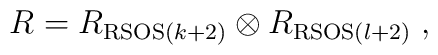
R=R_{{\rm RSOS}(k+2)}\otimes R_{{\rm RSOS}(l+2)}\;,